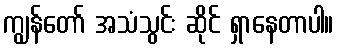
ကျွန်တော် အသံသွင်း ဆိုင် ရှာနေတာပါ။